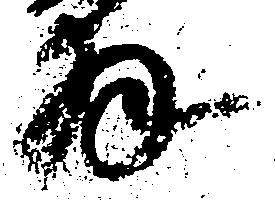
拝